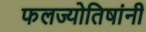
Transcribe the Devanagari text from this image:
फलज्योतिषांनी